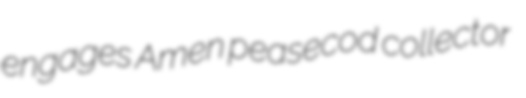
engages Amen peasecod collector